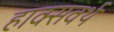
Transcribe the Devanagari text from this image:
हाक्सवर्थ